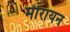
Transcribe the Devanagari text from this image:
मीरायन